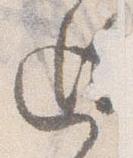
廻